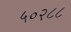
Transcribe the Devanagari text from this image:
५०२८८